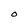
Character: O